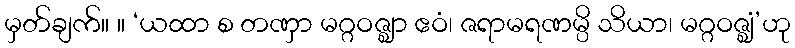
မှတ်ချက်။ ။ ‘ယထာ စ တဏှာ မဂ္ဂဝဇ္ဈာ ဧဝံ၊ ဇရာမရဏမ္ပိ သိယာ၊ မဂ္ဂဝဇ္ဈံ’ဟု